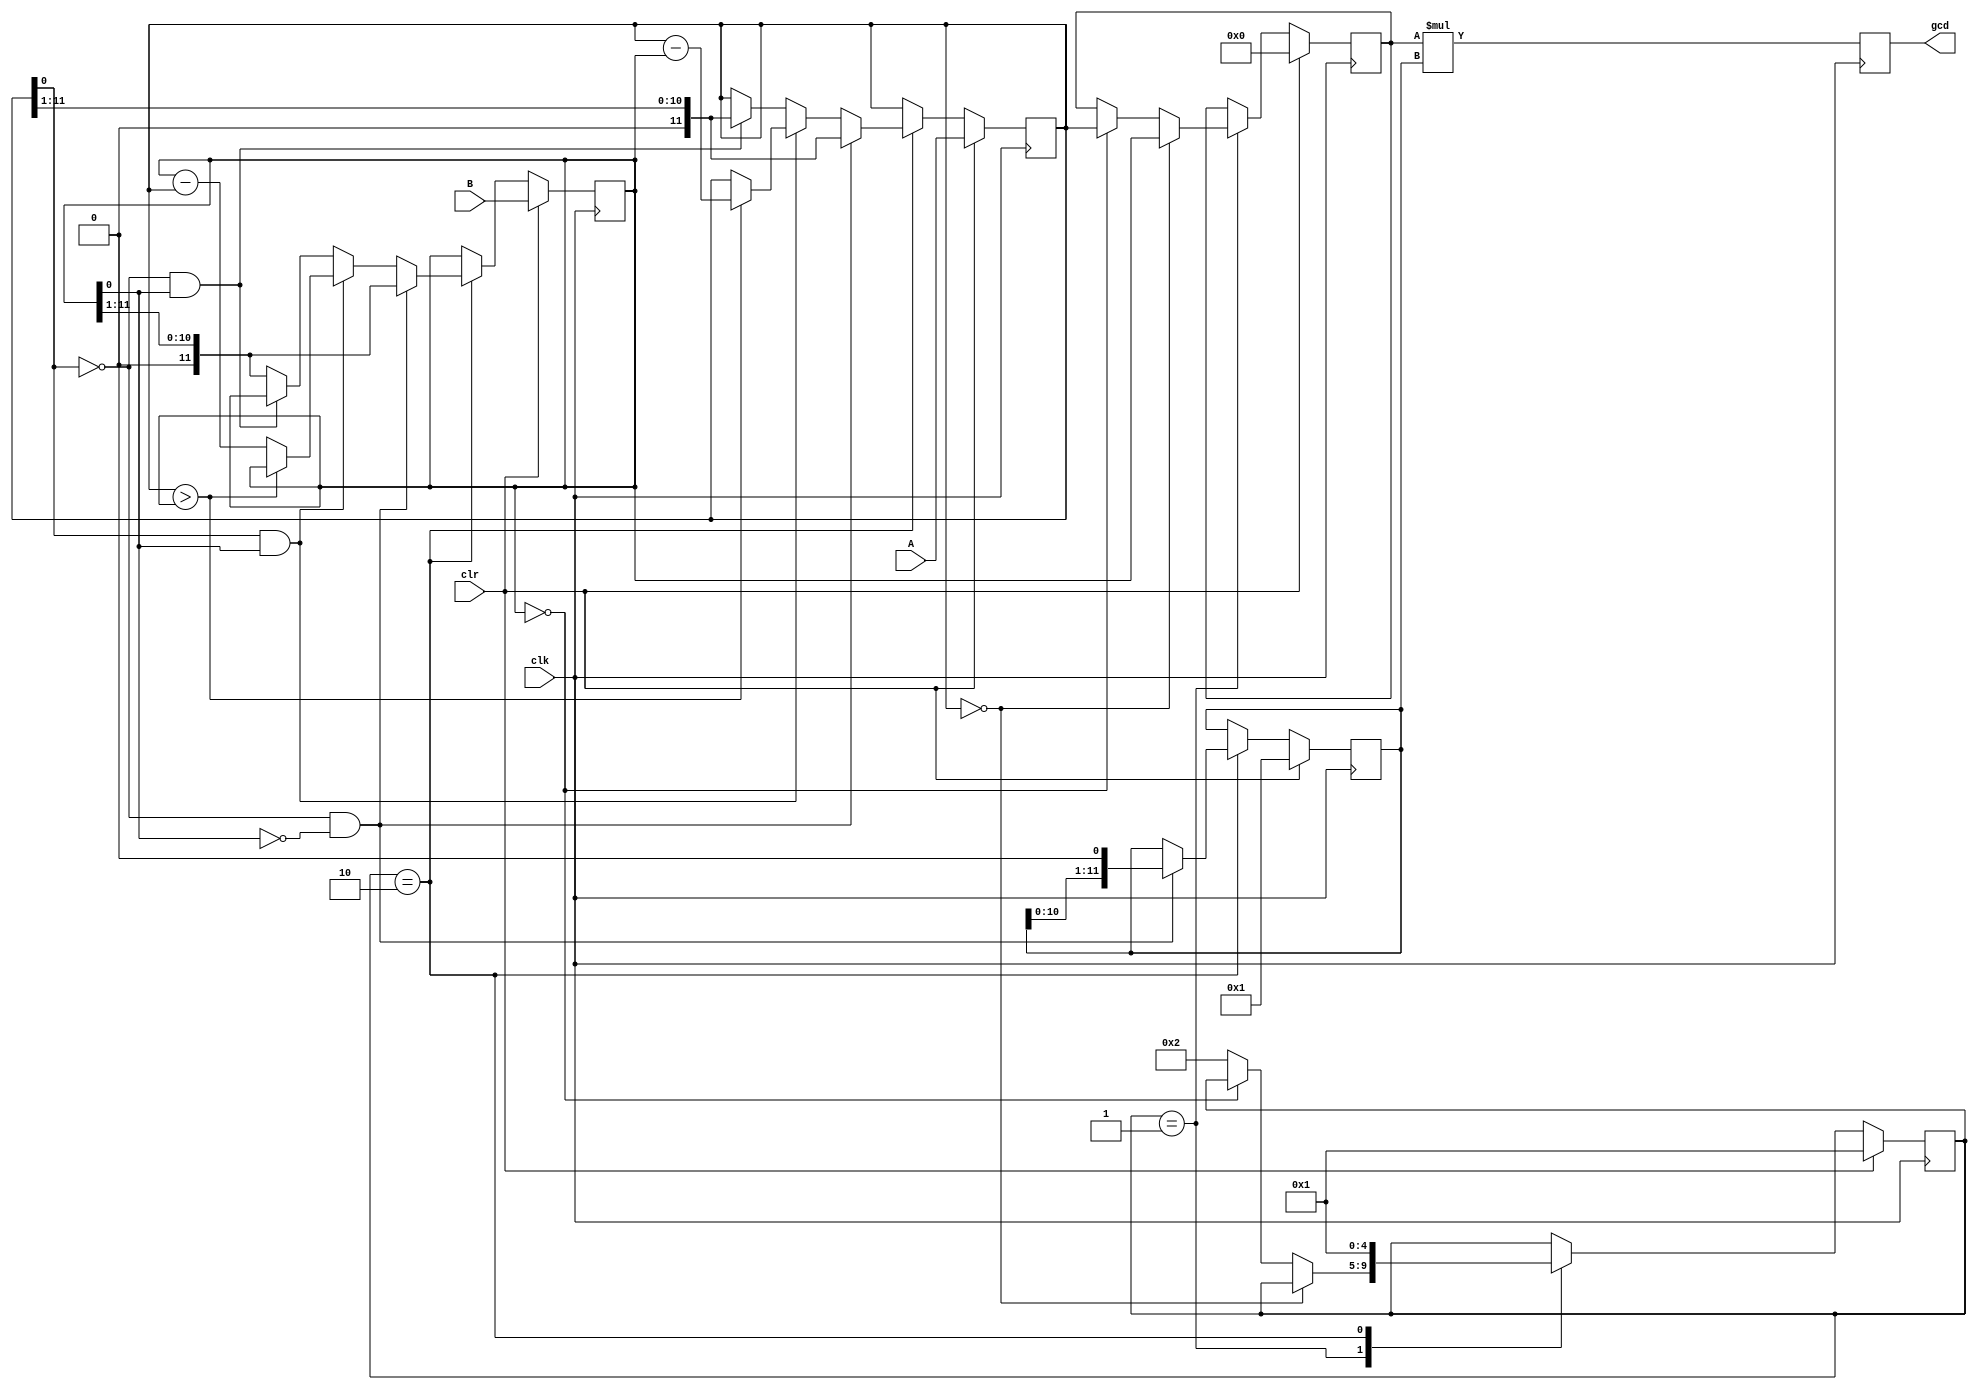
module stain(
			input [11:0] A,  
			input [11:0] B,
			input clk,    
			input clr, 
			output reg [11:0] gcd
			);

reg [11:0] A_temp,B_temp,C,gcd_temp;
reg [4:0] state;
parameter    isdone='b00001,
			 judge='b00010;
			// N03='b00100,
			// N04='b01000,
			// N05='b10000;
always @(posedge clk)
begin
	if(clr==1)
		begin
			A_temp<=A;
			B_temp<=B;
			gcd_temp=0;
			C<=1'b1;
			state<=isdone;
		end
	else
		begin
			case(state)
				isdone:
				if(A_temp==0)
					begin
						gcd_temp<=B_temp;
					end 
				else if(B_temp==0)
					begin 
						gcd_temp<=A_temp;
					end 
				else
					begin
						state=judge;
					end
		
				judge:
				begin  
					state<=isdone;
					if(A_temp[0]==0&&B_temp[0]==0)
						begin
							A_temp<=(A_temp>>1);
							B_temp<=(B_temp>>1);
							C<=(C<<1);
						end
					else if(A_temp[0]==1'b1&&B_temp[0]==1'b1)
						begin
							if(A_temp>B_temp)
								begin
									A_temp<=A_temp-B_temp;
								end
								else
								begin
									B_temp<=B_temp-A_temp;
								end
						end 
					else if(A_temp[0]==1'b0&&B_temp[0]==1'b1) 
						begin
							A_temp<=(A_temp>>1);
						end 
					else 
						begin
							B_temp<=(B_temp>>1);
						end 
				end 
		//default: state<=N01;
			endcase	
		end 
end 
always @(posedge clk)
begin
	gcd<=gcd_temp*C;
end 
endmodule